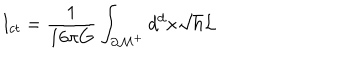
I _ { c t } = \frac { 1 } { 1 6 \pi G } \int _ { { \cal \partial M } ^ { + } } d ^ { d } x \sqrt { h } { \cal L }